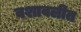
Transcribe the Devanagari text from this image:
वशावलीत